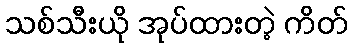
သစ်သီးယို အုပ်ထားတဲ့ ကိတ်